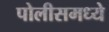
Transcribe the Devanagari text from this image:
पोलीसमध्ये